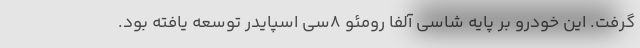
گرفت. این خودرو بر پایه شاسی آلفا رومئو 8سی اسپایدر توسعه یافته بود.